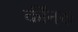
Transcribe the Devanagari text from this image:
कींनरू